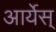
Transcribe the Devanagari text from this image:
आर्येस्